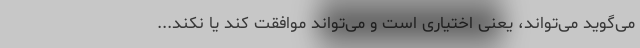
می‌گوید می‌تواند، یعنی اختیاری است و می‌تواند موافقت کند یا نکند...